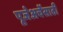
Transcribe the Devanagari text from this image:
पूजेअर्चेसाठी